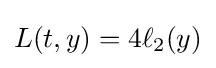
L(t,y)=4\ell _{2}(y)